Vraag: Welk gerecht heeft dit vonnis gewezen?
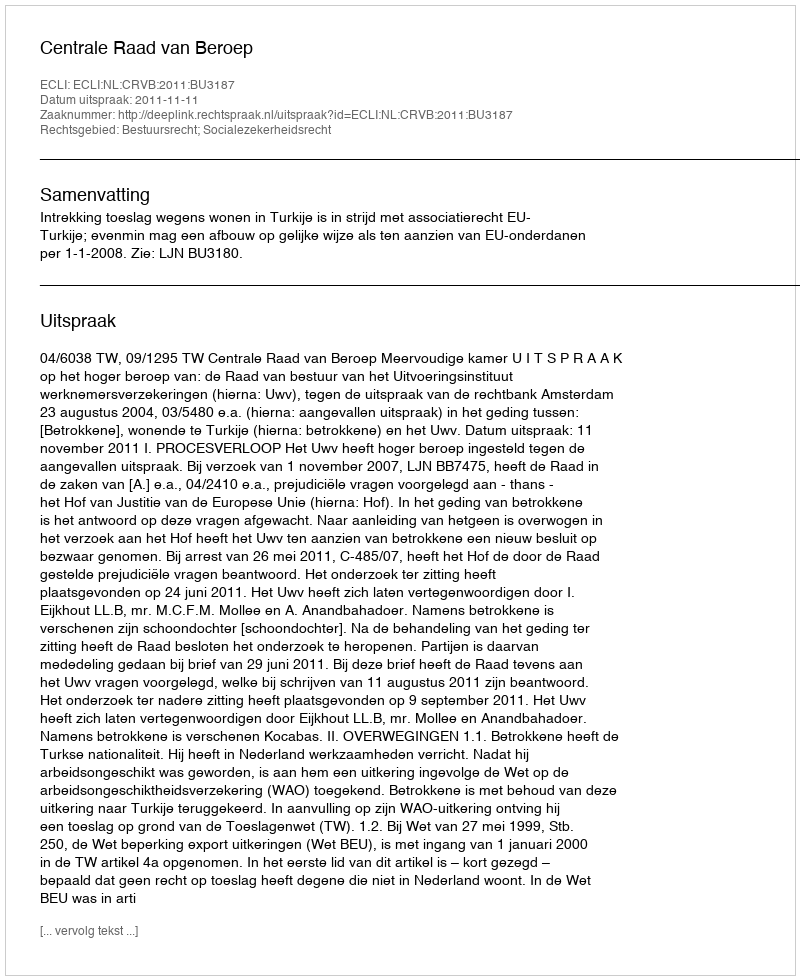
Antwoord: Centrale Raad van Beroep